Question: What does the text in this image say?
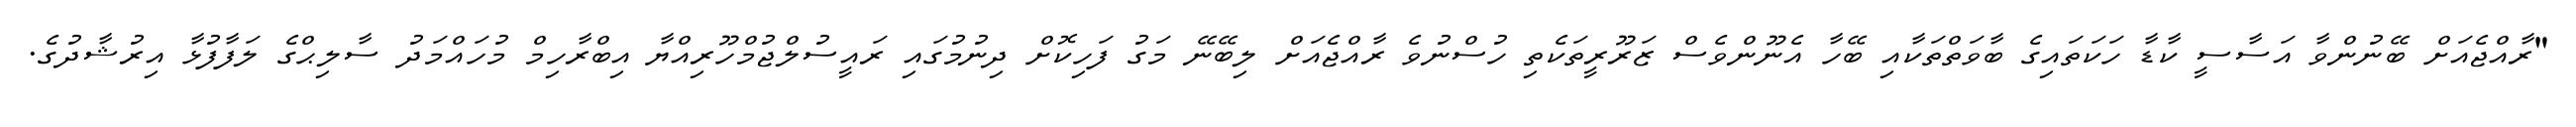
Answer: "ރާއްޖެއަށް ބޭނުންވާ އަސާސީ ކާޑާ ހަކަތައިގެ ބާވަތްތަކާއި ބޭހާ އެނޫންވެސް ޒަރޫރީތަކެތި ހުސްނުވެ ރާއްޖެއަށް ލިބޭނޭ މަގު ފަހިކޮށް ދިނުމުގައި ރައީސުލްޖުމްހޫރިއްޔާ އިބްރާހިމް މުހައްމަދު ސާލިޙްގެ ލަފާފުޅާ އިރުޝާދުގެ.